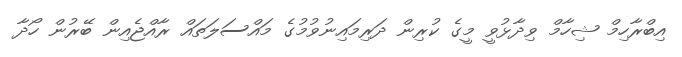
އިބްރާހިމް ޝިހާމް ވިދާޅުވީ މީގެ ކުރިން ދަރިމައިނުވުމުގެ މައްސަލަތައް ރާއްޖެއިން ބޭރުން ހޯދާ